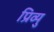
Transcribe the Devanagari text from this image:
प्रिव्यु